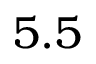
5 . 5